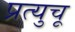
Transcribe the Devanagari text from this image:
प्रत्युचू